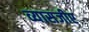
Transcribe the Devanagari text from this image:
व्यासजीए